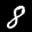
Label: 8